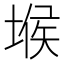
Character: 堠